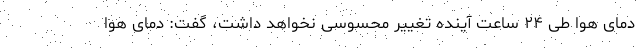
دمای هوا طی ۲۴ ساعت آینده تغییر محسوسی نخواهد داشت، گفت: دمای هوا